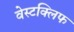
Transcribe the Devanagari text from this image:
वेस्टक्लिफ